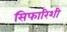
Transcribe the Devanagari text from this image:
सिफारिशी